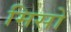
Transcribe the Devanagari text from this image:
मिसों